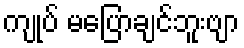
ကျုပ် မပြောချင်ဘူးဗျာ